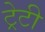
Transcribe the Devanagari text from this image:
ट्रेटी